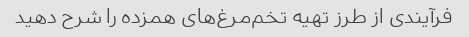
فرآیندی از طرز تهیه تخم‌مرغ‌های همزده را شرح دهید